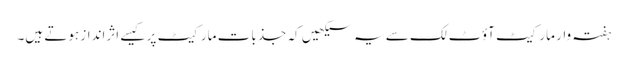
ہفتہ وار مارکیٹ آؤٹ لک سے یہ سیکھیں کہ جذبات مارکیٹ پر کیسے اثرانداز ہوتے ہیں۔